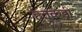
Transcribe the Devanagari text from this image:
हतकड़ी